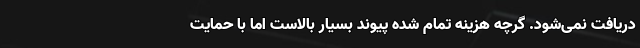
دریافت نمی‌شود. گرچه هزینه تمام شده پیوند بسیار بالاست اما با حمایت